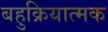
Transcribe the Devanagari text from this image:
बहुक्रियात्मक